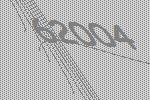
62004